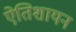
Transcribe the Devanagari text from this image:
ऐतिशायन